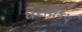
ધરતીકપ